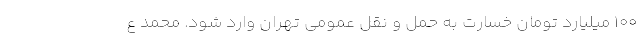
۱۰۰ میلیارد تومان خسارت به حمل و نقل عمومی تهران وارد شود. محمد ع